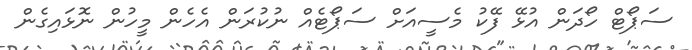
ސަޕޯޓް ހޯދަން އުޅޭ ފޭކު މެސީއަށް ސަޕޯޓެއް ނުކުރަން އެހެން މީހުން ނޮޅައިގެން